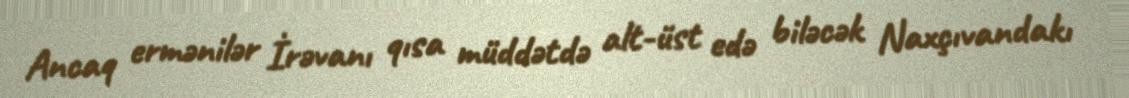
Ancaq ermənilər İrəvanı qısa müddətdə alt-üst edə biləcək Naxçıvandakı